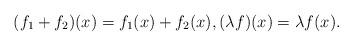
LaTeX: \begin{align*}(f_1+f_2)(x) = f_1(x)+f_2(x),(\lambda f)(x) = \lambda f(x).\end{align*}